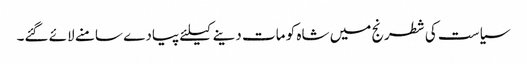
سیاست کی شطرنج میں شاہ کو مات دینے کیلئے پیادے سامنے لائے گئے۔